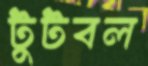
টুটবল